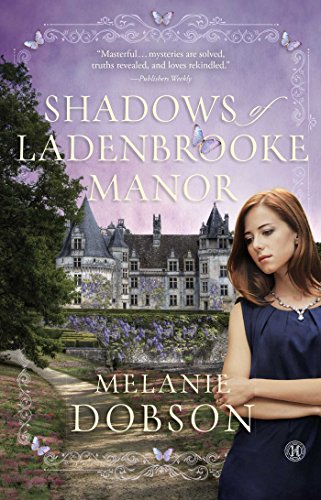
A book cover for Shadows of Ladenbrooke Manor: A Novel; Melanie Dobson; Romance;